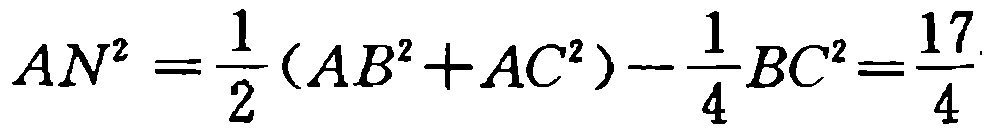
\[

AN^{2}=\frac{1}{2}(AB^{2}+AC^{2})-\frac{1}{4}BC^{2}=\frac{17}{4}

\]